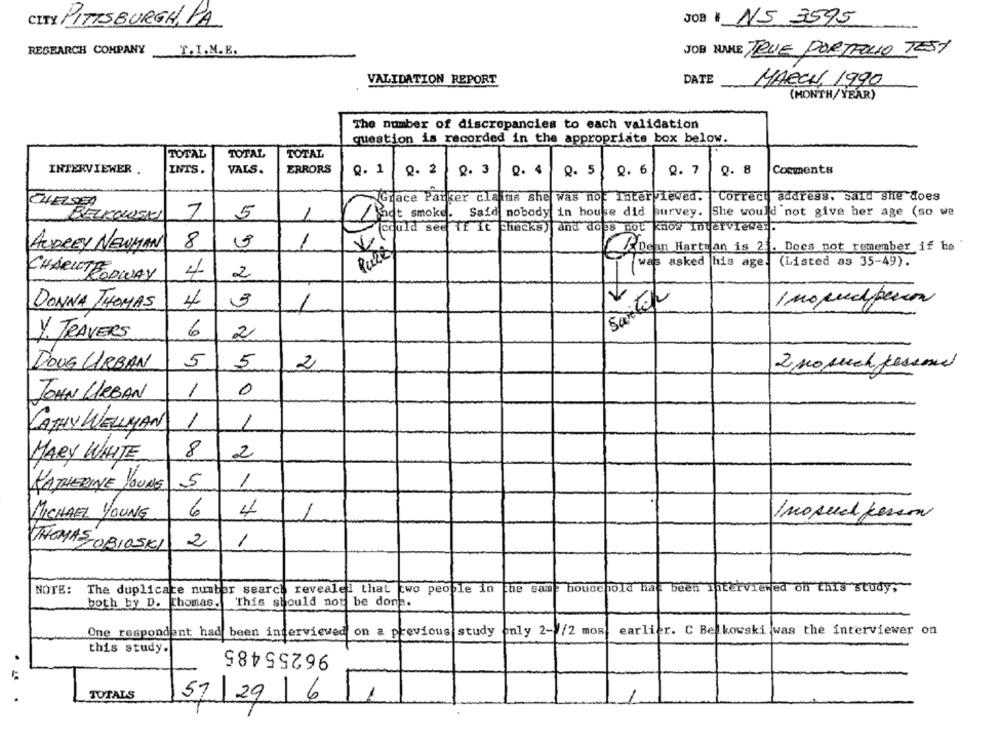
CITY PITTSBURGH,PA
JOB # NS 3595
RESEARCH COMPANY
T.I.M.E.
JOB NAME TRUE PORTFOLIO TEST
VALIDATION REPORT
DATE
MARCH 1990
(MONTH/YEAR)
The number of discrepancies to each validation
question is recorded in the appropriate box below.
TOTAL
TOTAL
TOTAL
INTERVIEWER
INTS.
VALS.
ERRORS
Q.1
2. 2
8. 3
Q. 4
Q. 5
0. 6
Q. 7
0. 8
Comments
Grace Parker claims she was not Interviewed.
Correct address. said she does
7
5
Boot smoke.
Said
nobody in house did
purvey.
She would not give her age (so we
CHELBELKOWSKI
(could see if it checks) and does not know interviewer.
8
AUDREY NEWMAN
Dean Hartman is 21. Does not remember if he'
Pult
(Listed as 35-49).
4
2
CHARLOTEODWAY
4
3
Suite
I mo predperon
DONNA THOMAS
6
Y. TRAVERS
2
DOUG URBAN
5
5
2
2 no such person
1
0
JOHN LIRBAN
1
KATHY WELLMAN
1
8
MARY WHITE
2
L'ATHERINE YOUNG
5
6
4
MICHAEL YOUNG
Inosuch person
1
THOMAS , OB105KL
2
NOTE: The duplicate number search revealed that two people in the san : household hat been interviewed on this studys
This should not be done.
both by D. Thomas.
One respondent had
earlier. C Belkowski was the interviewer on
been interviewed on a previous study
only 2-4/2 mos
96255485
this study.
TOTALS
57|29 61